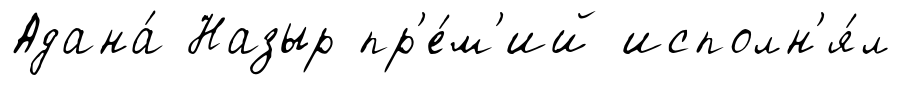
Адана́ Назыр пр'е́м'ий исполн'я́л